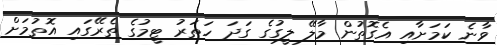
ވާނެ ކަމަށާއި އެގޮތުން މާލޭ ލީގުގެ ގަދަ ހަތަރު ޓީމުގެ ތެރޭގައި އޮތުމަށް